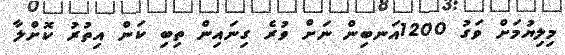
މިލިޔުމަށް ވަގު 1200އަނބިން ނަށް ވުރެ ގިނައިން ތިބި ކަން އިތުރު ކޮށްލާ